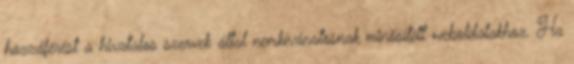
hozzáférést a hivatalos szervek által nemkívánatosnak minősített weboldalakhoz. Ha